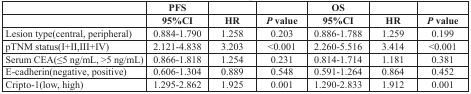
<table><thead><tr><td></td><td><b>PFS</b></td><td></td><td></td><td><b>OS</b></td><td></td><td></td></tr><tr><td></td><td><b>95%CI</b></td><td><b>HR</b></td><td><b><i>P</i> value</b></td><td><b>95%CI</b></td><td><b>HR</b></td><td><b><i>P</i> value</b></td></tr></thead><tbody><tr><td>Lesion type(central, peripheral)</td><td>0.884-1.790</td><td>1.258</td><td>0.203</td><td>0.886-1.788</td><td>1.259</td><td>0.199</td></tr><tr><td>pTNM status(I+II,III+IV)</td><td>2.121-4.838</td><td>3.203</td><td>&lt;0.001</td><td>2.260-5.516</td><td>3.414</td><td>&lt;0.001</td></tr><tr><td>Serum CEA(≤5 ng/mL, &gt;5 ng/mL)</td><td>0.866-1.818</td><td>1.254</td><td>0.231</td><td>0.814-1.714</td><td>1.181</td><td>0.381</td></tr><tr><td>E-cadherin(negative, positive)</td><td>0.606-1.304</td><td>0.889</td><td>0.548</td><td>0.591-1.264</td><td>0.864</td><td>0.452</td></tr><tr><td>Cripto-1(low, high)</td><td>1.295-2.862</td><td>1.925</td><td>0.001</td><td>1.290-2.833</td><td>1.912</td><td>0.001</td></tr></tbody></table>